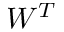
W ^ { T }